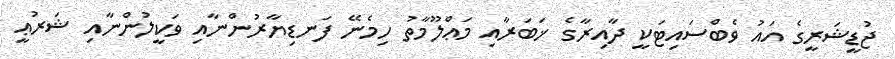
ޖުޑީޝަރީގެ އައު ވެބްސައިޓަކީ ދާއިރާގެ ޚަބަރާއި މަޢްލޫމާތު ހިމެނޭ ފަނޑިޔާރުންނާއި ވަކީލުންނާއި ޝަރުޢީ